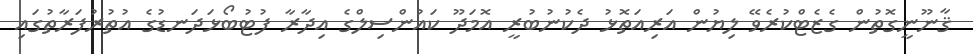
ޤާނޫނީގޮތުން ގެޒެޓްކުރެވޭ ލިޔުން އަރިއަތޮޅު ދެކުނުބުރީ އޮމަދޫ ކައުންސިލްގެ އިދާރާ ފުޓުބޯޅަދަނޑުގެ އުތުރުފަރާތުގައި